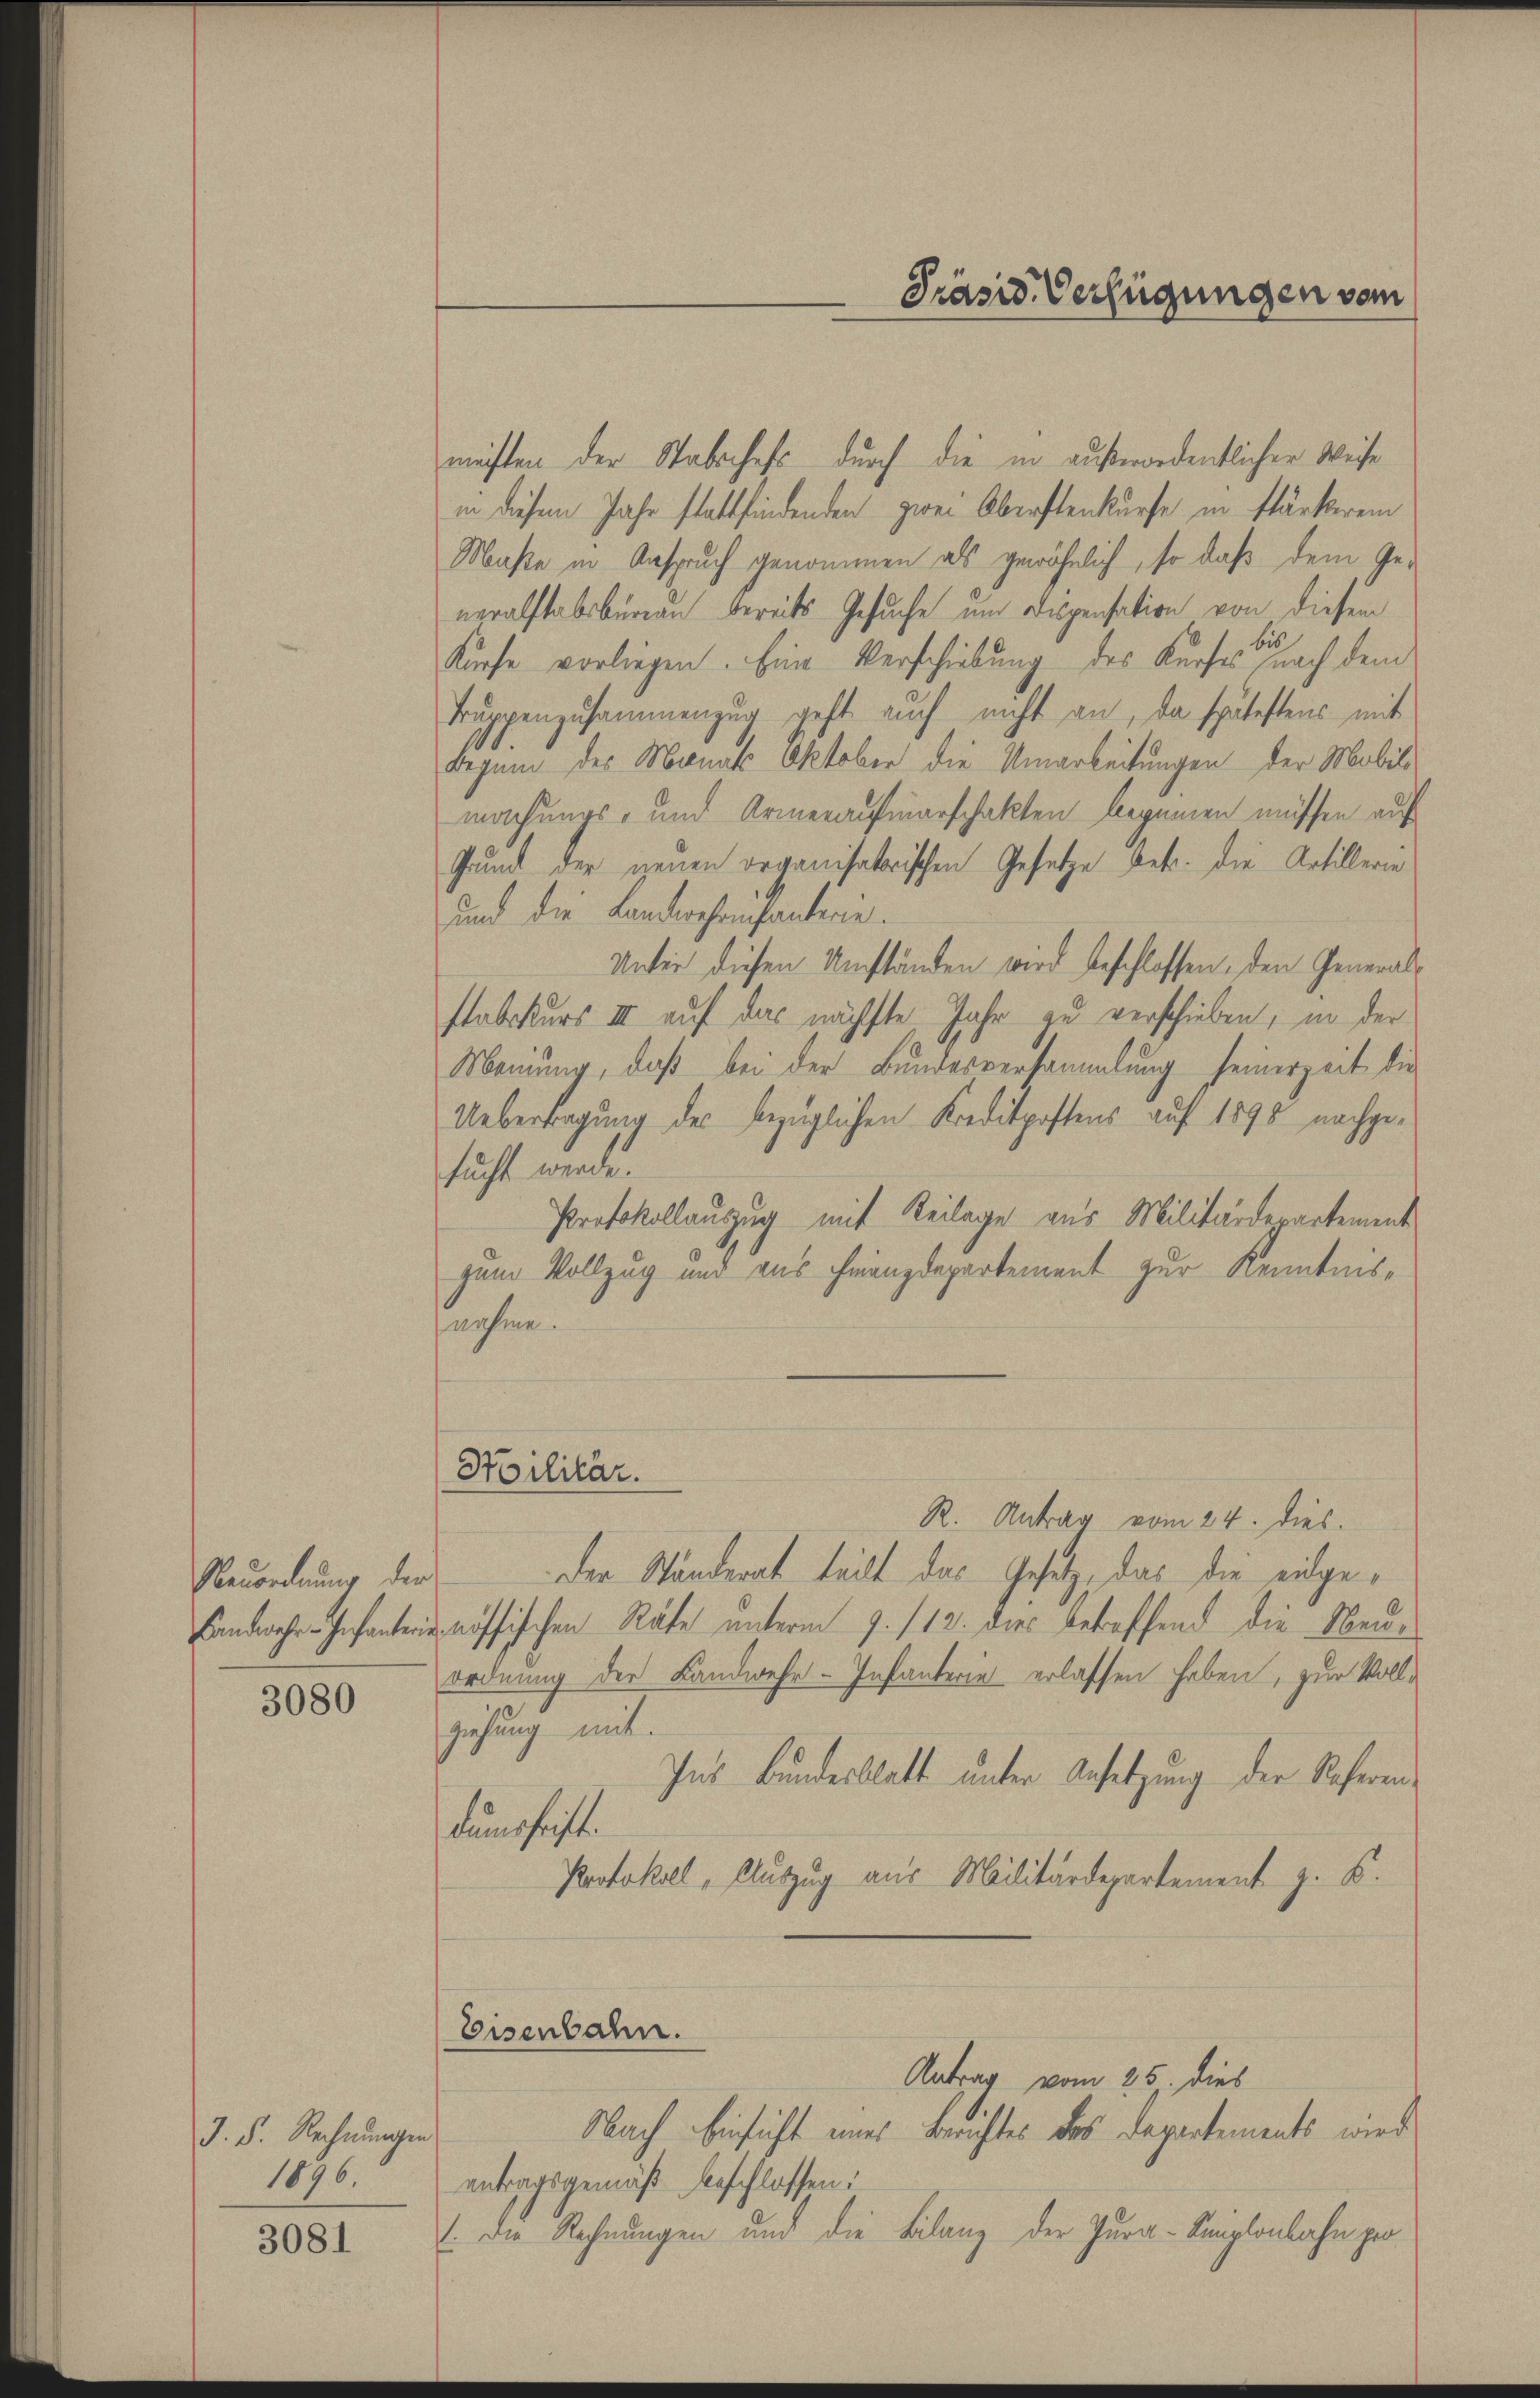
Neuordnung der
Landwehr-Infanterie

3080

J. F. Rechnungen
1896.

3081

müften der Stabechefs durch die in außerordentlicher Weise
in diesem Jahr stattfindenden zwei Oberstenkurse in stärkerein
Maße in Anspruch genommen als gewöhnlich, so daß dem Ge-
neralstabsbureau bereits Gesuche um Dispensation von diesem
is
Kürfe vorliegen. Eine Verschiebung des Kurses nach dem
Truppenzusammenzug geht auch nicht an, da spätestens mit
Beginn des Monats Oktober die Umarbeitungen der Mobilmachungs- und Armenaufmarschakten beginnen müssen auf
Grund der neuen organisatorischen Gesetze betr. die Artillerie
und die Landwehrenfanterie.
Unter diesen Umständen wird beschlossen, den Generalstabekurs III auf das nächste Jahr zu verschieben, in der
Meinung, daß bei der Bundesversammlung seinerzeit die
Uebertragung des bezüglichen Kreditpostens auf 1895 nachgefuft werde.
Protokollauszug mit Reilage aus Militärdepartement
zum Vollzug und aus Finanzdepartement zur Kenntnisnohmen.

Hoilitär.

Eisenbahn.

Präsid. Verfügungen vom

R. Antrag vom 24. dies
Der Ständerat teilt das Gesetz, das die eidgenössischen Räte unterm 9. 112. dies betreffend die Neuordnung der Landwehr-Infanterie erlassen haben, zur Vollziehung mit.
Ins Bundesblatt unter Ansetzung der Soferendumschrift.
Protokoll, Auszug aus Militärdepartement z. B.

Antrag vom 25. dies
Nach Einsicht eines Berichtes des Departements wird
antragsgemäß beschlossen:
1 die Rechnungen und die Bilanz der Jura-Keuplonbahn pro¬